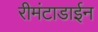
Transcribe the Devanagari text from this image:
रीमंटाडाईन